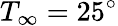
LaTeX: T_{\infty}=25^{\circ}